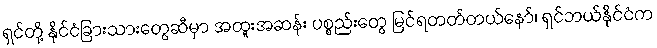
ရှင်တို့ နိုင်ငံခြားသားတွေဆီမှာ အထူးအဆန်း ပစ္စည်းတွေ မြင်ရတတ်တယ်နော်၊ ရှင်ဘယ်နိုင်ငံက